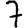
Digit: 7